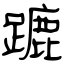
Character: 蹗